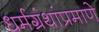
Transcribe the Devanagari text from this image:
धर्मग्रंथांप्रमाणे